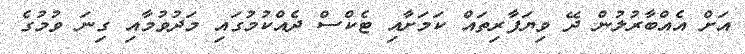
އަށް އެއްބާރުލުން ދޭ ވިޔަފާރިތައް ކަމަށާއި ޓެކްސް ދެއްކުމުގައި މަދުވުމާއި ގިނަ ވުމުގެ